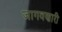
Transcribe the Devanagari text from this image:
जागवणारी